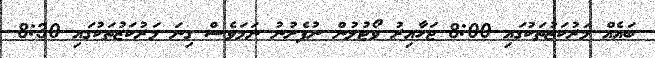
ބައެއް މަރުކަޒުތަކުގައި 8:00 ޖަހާއިރު ވޯޓުލުން ނުފެށުނު ނަމަވެސް ގިނަ މަރުކަޒުތަކުގައި 8:30